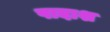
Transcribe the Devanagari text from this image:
पादाश